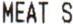
MEAT S